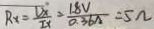
R _ { x } = \frac { V _ { x } } { I x } = \frac { 1 . 8 V } { 0 . 3 6 A } = 5 \Omega